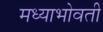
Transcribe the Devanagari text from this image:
मध्याभोवती